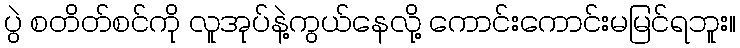
ပွဲ စတိတ်စင်ကို လူအုပ်နဲ့ကွယ်နေလို့ ကောင်းကောင်းမမြင်ရဘူး။